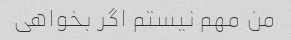
من مهم نیستم اگر بخواهی